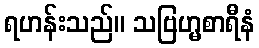
ရဟန်းသည်။ သဗြဟ္မစာရီနံ